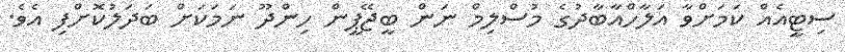
ސިޓީއެއް ކަމަށްވާ އަލާހްއާބާދުގެ މުސްލިމް ނަން ބީޖޭޕީން ހިންދޫ ނަމަކަށް ބަދަލުކޮށްފި އެވެ.